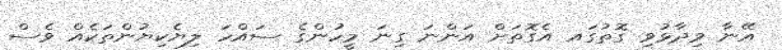
އޭނާ ވިދާޅުވި ގޮތުގައ އެގޮތަށް އަންނަ ގިނަ މީހުންގެ ސައްހަ ލިޔެކިޔުންތަކެއް ވެސް